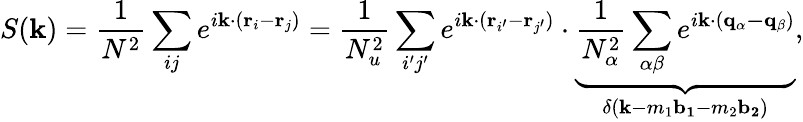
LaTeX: S(\mathbf{k})=\frac{1}{N^{2}}\sum_{ij}e^{i\mathbf{k}\cdot(\mathbf{r}_{i}-\mathbf{r}_{j})}=\frac{1}{N_{u}^{2}}\sum_{i^{\prime}j^{\prime}}e^{i\mathbf{k}\cdot(\mathbf{r}_{i^{\prime}}-\mathbf{r}_{j^{\prime}})}\cdot\underbrace{\frac{1}{N_{\alpha}^{2}}\sum_{\alpha\beta}e^{i\mathbf{k}\cdot(\mathbf{q_{\alpha}-q_{\beta}})}}_{\delta(\mathbf{k}-m_{1}\mathbf{b_{1}}-m_{2}\mathbf{b_{2}})},